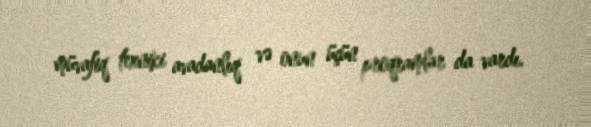
müvafiq texniki avadanlıq və onun üçün proqramlar da vardı.